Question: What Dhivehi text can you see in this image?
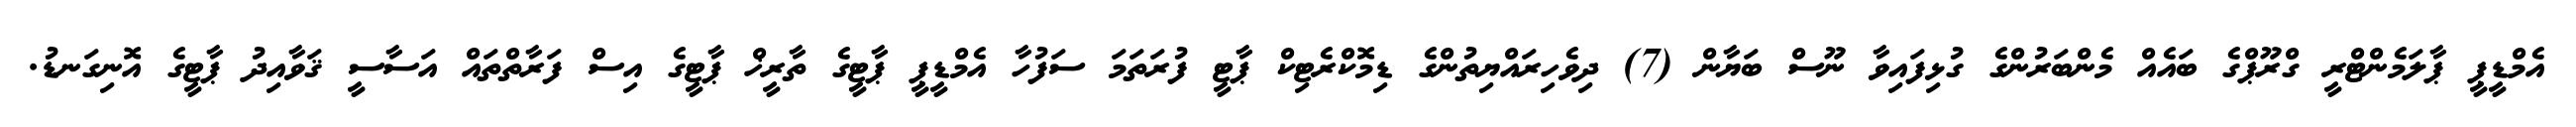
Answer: އެމްޑީޕީ ޕާލަމެންޓްރީ ގްރޫޕްގެ ބައެއް މެންބަރުންގެ ގުޅިފައިވާ ނޫސް ބަޔާން (7) ދިވެހިރައްޔިތުންގެ ޑިމޮކްރެޓިކް ޕާޓީ ފުރަތަމަ ސަފުހާ އެމްޑީޕީ ޕާޓީގެ ތާރީޚް ޕާޓީގެ އިސް ފަރާތްތައް އަސާސީ ޤަވާއިދު ޕާޓީގެ އޮނިގަނޑު.